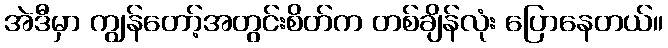
အဲဒီမှာ ကျွန်တော့်အတွင်းစိတ်က တစ်ချိန်လုံး ပြောနေတယ်။